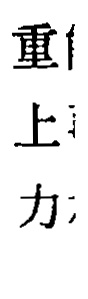
重 上 力